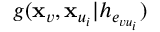
g ( \mathbf { x } _ { v } , \mathbf { x } _ { u _ { i } } | h _ { e _ { v u _ { i } } } )